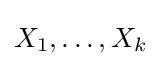
X_{1},\ldots ,X_{k}